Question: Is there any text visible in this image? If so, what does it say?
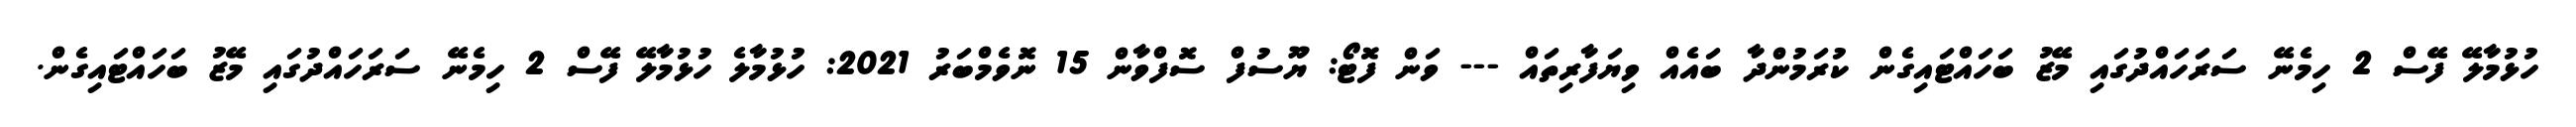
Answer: ހުޅުމާލޭ ފޭސް 2 ހިމެނޭ ސަރަހައްދުގައި މޭޒު ބަހައްޓައިގެން ކުރަމުންދާ ބައެއް ވިޔަފާރިތައް --- ވަން ފޮޓޯ: ޔޫސުފް ސޮފްވާން 15 ނޮވެމްބަރު 2021: ހުޅުމާލެ ހުޅުމާލޭ ފޭސް 2 ހިމެނޭ ސަރަހައްދުގައި މޭޒު ބަހައްޓައިގެން.